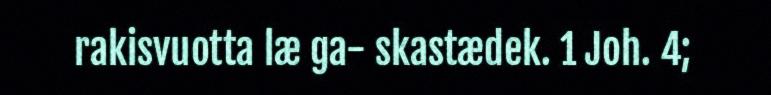
rakisvuotta læ ga- skastædek. 1 Joh. 4;